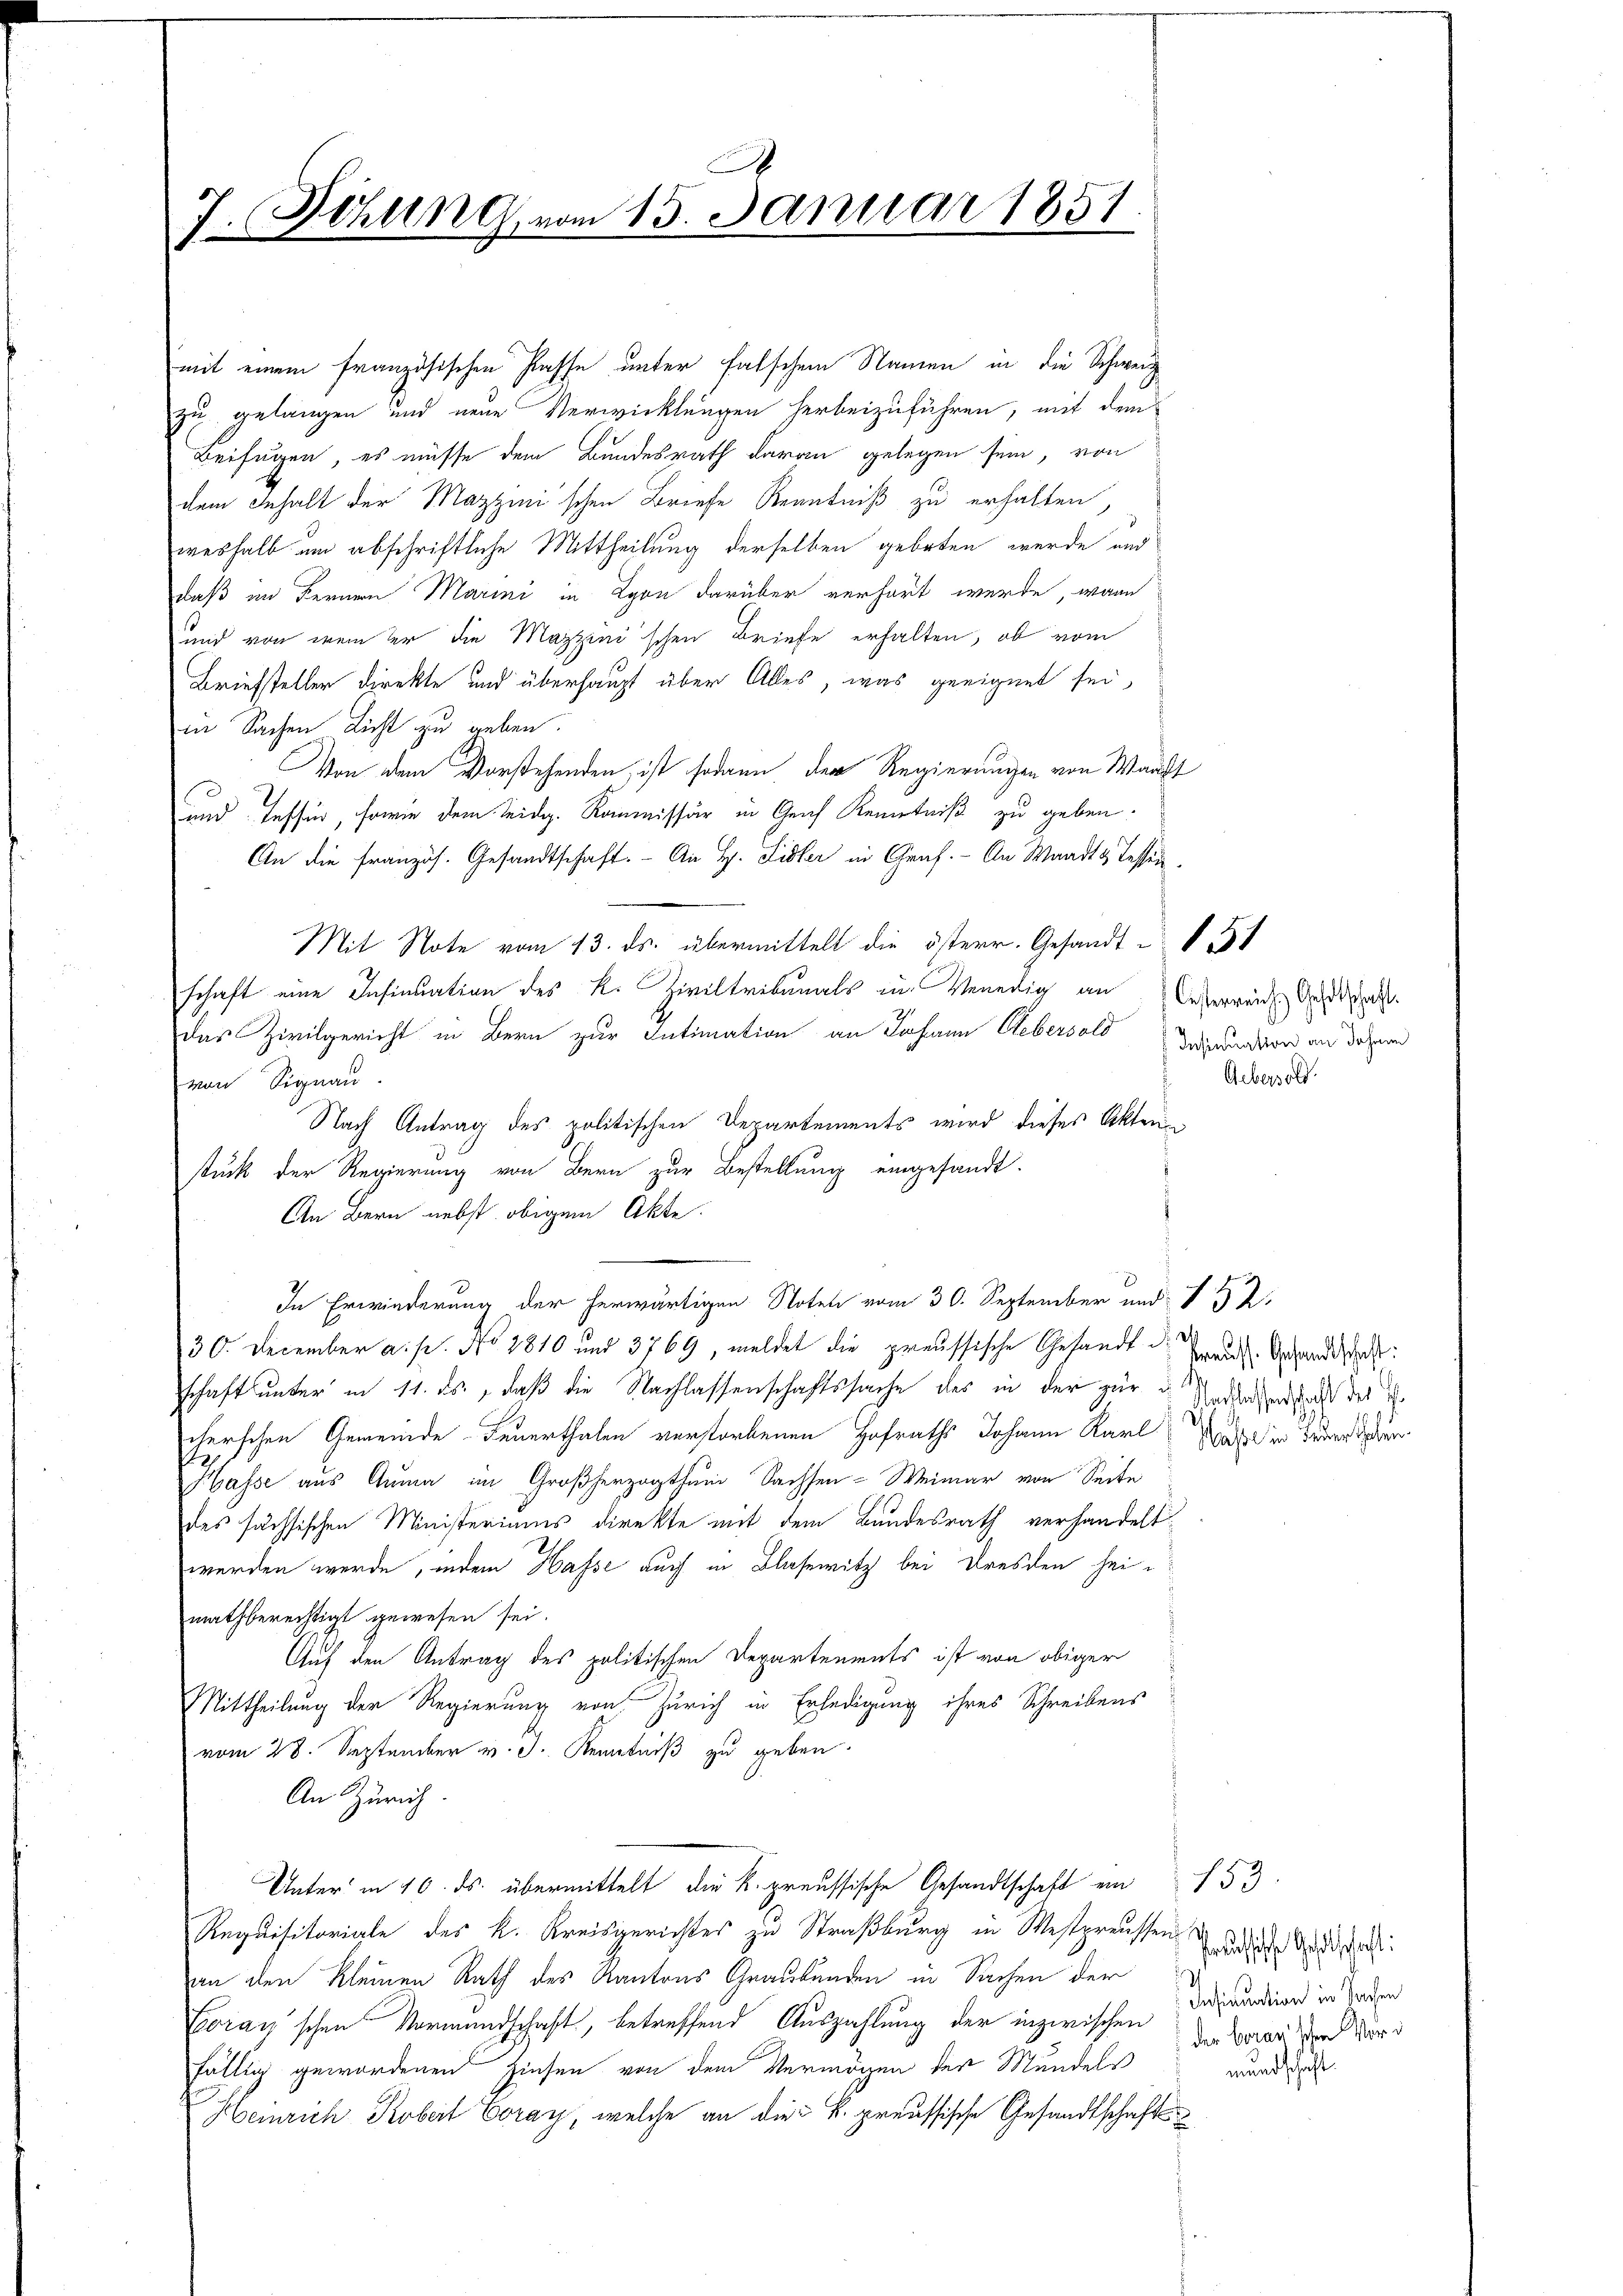
J. Dehung vom 15. Januar 1851.

mit einem französischen Pässe unter falschen Namen in die Schweiz
zu gelangen und neue Verwicklungen herbeizuführen, mit dem
Beifügen, es müsse dem Bundesrath daran gelegen sein, von
dem Inhalt der Mazzinischen Briefe Kenntniß zu erhalten,
weshalb um abschriftliche Mittheilung derselben geboten werde und
daß im Fernern Marini in Lyon darüber verhört werde, wann
und von weiter die Mazzinischen Briefe erhalten, ob vom
Briefsteller direkte und überhaupt über Alles, was geeignet sei,
in Sachen Licht zu geben.
Von dem Vorstehenden, ist sodann der Regierungen von Waadt
und Tessin, sowie dem eidg. Kommissär in Geich Kenntniß zu geben.
An die französ. Gesandtschaft. - An H. Lister in Graf. - An Waadt & Tessin
Mit Note vom 13. ds. übermittelt die österr. Gesandt § 31
schaft eine Insinuation des R. Ziviltribunals in Venedig an Cederreich Gesch
das Zivilgericht in Bern zur Intimation an Johann Gebersald einendon an dazum
von Signau
Nach Antrag des politischen Departements wird dieses Akten
stück der Regierung von Bern zur Bestellung eingesandt.
An Bern nebst obigem Akte.
In Erwiederung der herwärtigen Notel vom 30. September und 12.
30. December a. p. No 2810 und 3769, meldet die preussische Gesandt aus Gesandtacht:
schaft unter in 11. ds, daß die Nachlassenschaftssache des in der zur Andersendfach des
cherschen Gemeinde Feuerthalen verstorbenen Hofraths Johann Karl
Hasse aus Anna im Großherzogthum Sachsen-Weimar von Seite
des sächsischen Ministeriums direkte mit dem Bundesrath verhandelt,
werden werde, indem Hasse auch in Blasewitz bei Dresden heimathberechtigt gewesen sei.
Auf den Antrag des politischen Departenmuts ist von obiger
Mittheilung der Regierung von Zürich in Erledigung ihres Schreibens
vom 28. September v. J. Kenntniß zu geben.
An Zürich
Unter in 10. ds. übermittelt die K. preussische Gesandtschaft ein 153
Requisitoriale des k. Kreisgerichtes zu Straßburg in Westpreussen
an den Kleinen Rath des Kantons Graubünden in Sachen der
Eoranschen Vormundschaft, betreffend Auszahlung der inzwischen Dirndier in Forden
fällig gewordenen Zinsen von dem Vermögen der Mundels
Heinrich Kobert Eoray, welche an die k. preussische Gesandtschaft

Aebersold

Hasse in Feuer haben.

re Geschaft
der berauischen Vord
mundschaft